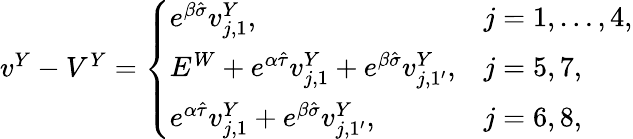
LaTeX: \begin{array}{r}{v^{Y}-V^{Y}=\left\{ \begin{array}{ll}{e^{\beta\hat{\sigma}}v_{j,1}^{Y},}&{j=1,\dots,4,}\\ {E^{W}+e^{\alpha\hat{\tau}}v_{j,1}^{Y}+e^{\beta\hat{\sigma}}v_{j,1^{\prime}}^{Y},}&{j=5,7,}\\ {e^{\alpha\hat{\tau}}v_{j,1}^{Y}+e^{\beta\hat{\sigma}}v_{j,1^{\prime}}^{Y},}&{j=6,8,}\end{array}\right.}\end{array}